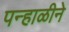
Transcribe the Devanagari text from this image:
पन्हाळीने